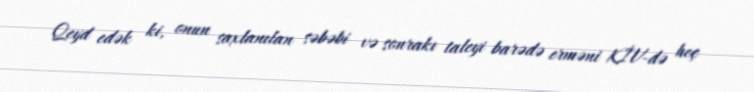
Qeyd edək ki, onun saxlanılan səbəbi və sonrakı taleyi barədə erməni KİV-də heç